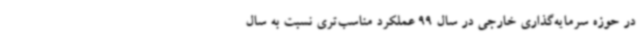
در حوزه سرمایه‌گذاری خارجی در سال 99 عملکرد مناسب‌تری نسبت به سال